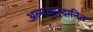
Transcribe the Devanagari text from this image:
अल्पअनुदानित